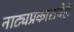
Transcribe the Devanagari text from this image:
नाट्यप्रकाराचेही